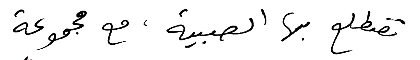
تضطلع بها الصبية، مع مجموعة